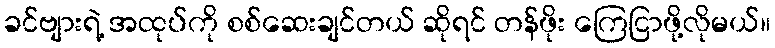
ခင်ဗျားရဲ့ အထုပ်ကို စစ်ဆေးချင်တယ် ဆိုရင် တန်ဖိုး ကြေငြာဖို့လိုမယ်။